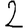
Digit: 2